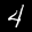
Label: 4